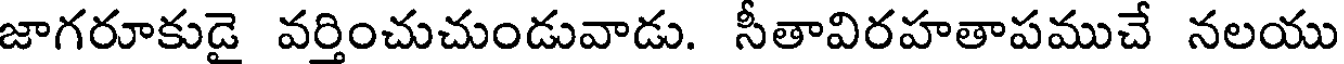
జాగరూకుడై వర్తించుచుండువాడు. సీతావిరహతాపముచే నలయు